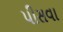
પીસવા